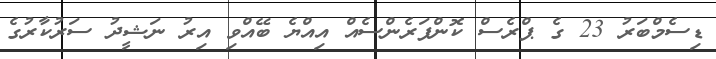
ޑިސެމްބަރު 23 ގެ ޕްރެސް ކޮންފަރެންސެއް އިއްޔެ ބޭއްވި އިރު ނަޝީދު ސަރުކާރުގެ